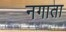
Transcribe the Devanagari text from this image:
नगाता